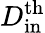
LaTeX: D_{\mathrm{in}}^{\mathrm{th}}